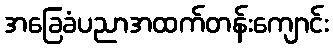
အခြေခံပညာအထက်တန်းကျောင်း